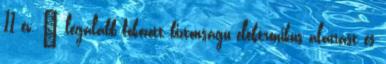
11 év,  legalább fokozott biztonságú elektronikus aláírást és